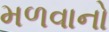
મળવાનો